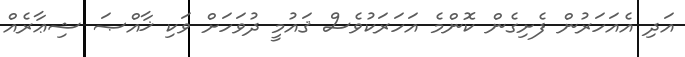
އަދި އެއަހަރުން ފެށިގެން ކޮންމެ އަހަރަކުވެސް ޤައުމީ ދުވަހަށް ވަކި ޚާއްޞަ ޝިޢާރެއް